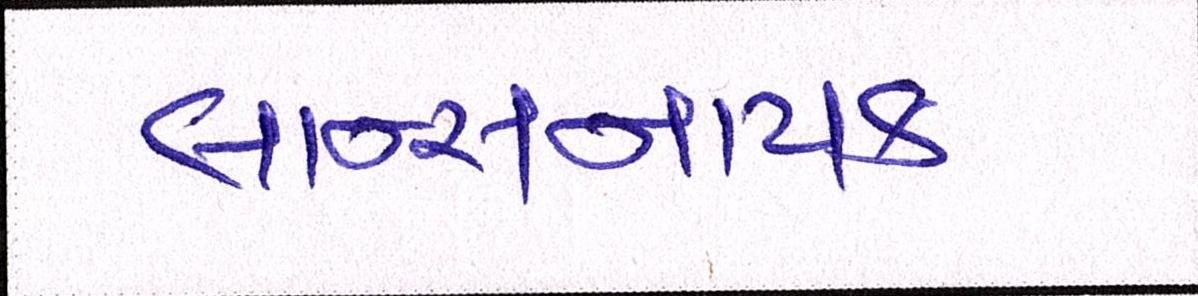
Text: લાન્સનાયક